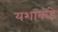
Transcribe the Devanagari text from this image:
यशाकडे